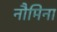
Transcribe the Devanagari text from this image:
नौमिना